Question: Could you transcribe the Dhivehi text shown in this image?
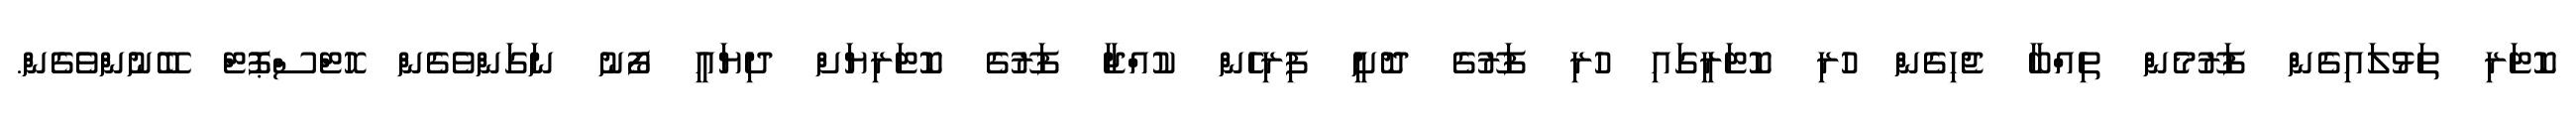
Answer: ކޮޓަރި ތަޅުލައިގެން ފަރޫމެން ތިއްބާ ޖެހިގެން ހުރި ކޮޓަރީގައި ހުރި ފަރޫގެ ދޮށީ ފިރިހެން ކުއްޖާ ފަރޫގެ ކޮޓަރިޔަށް ދިޔައީ ފޯނު ނަގަންވެގެން ހޮޓްސްޕޮޓް ބޭނުންވެގެން.